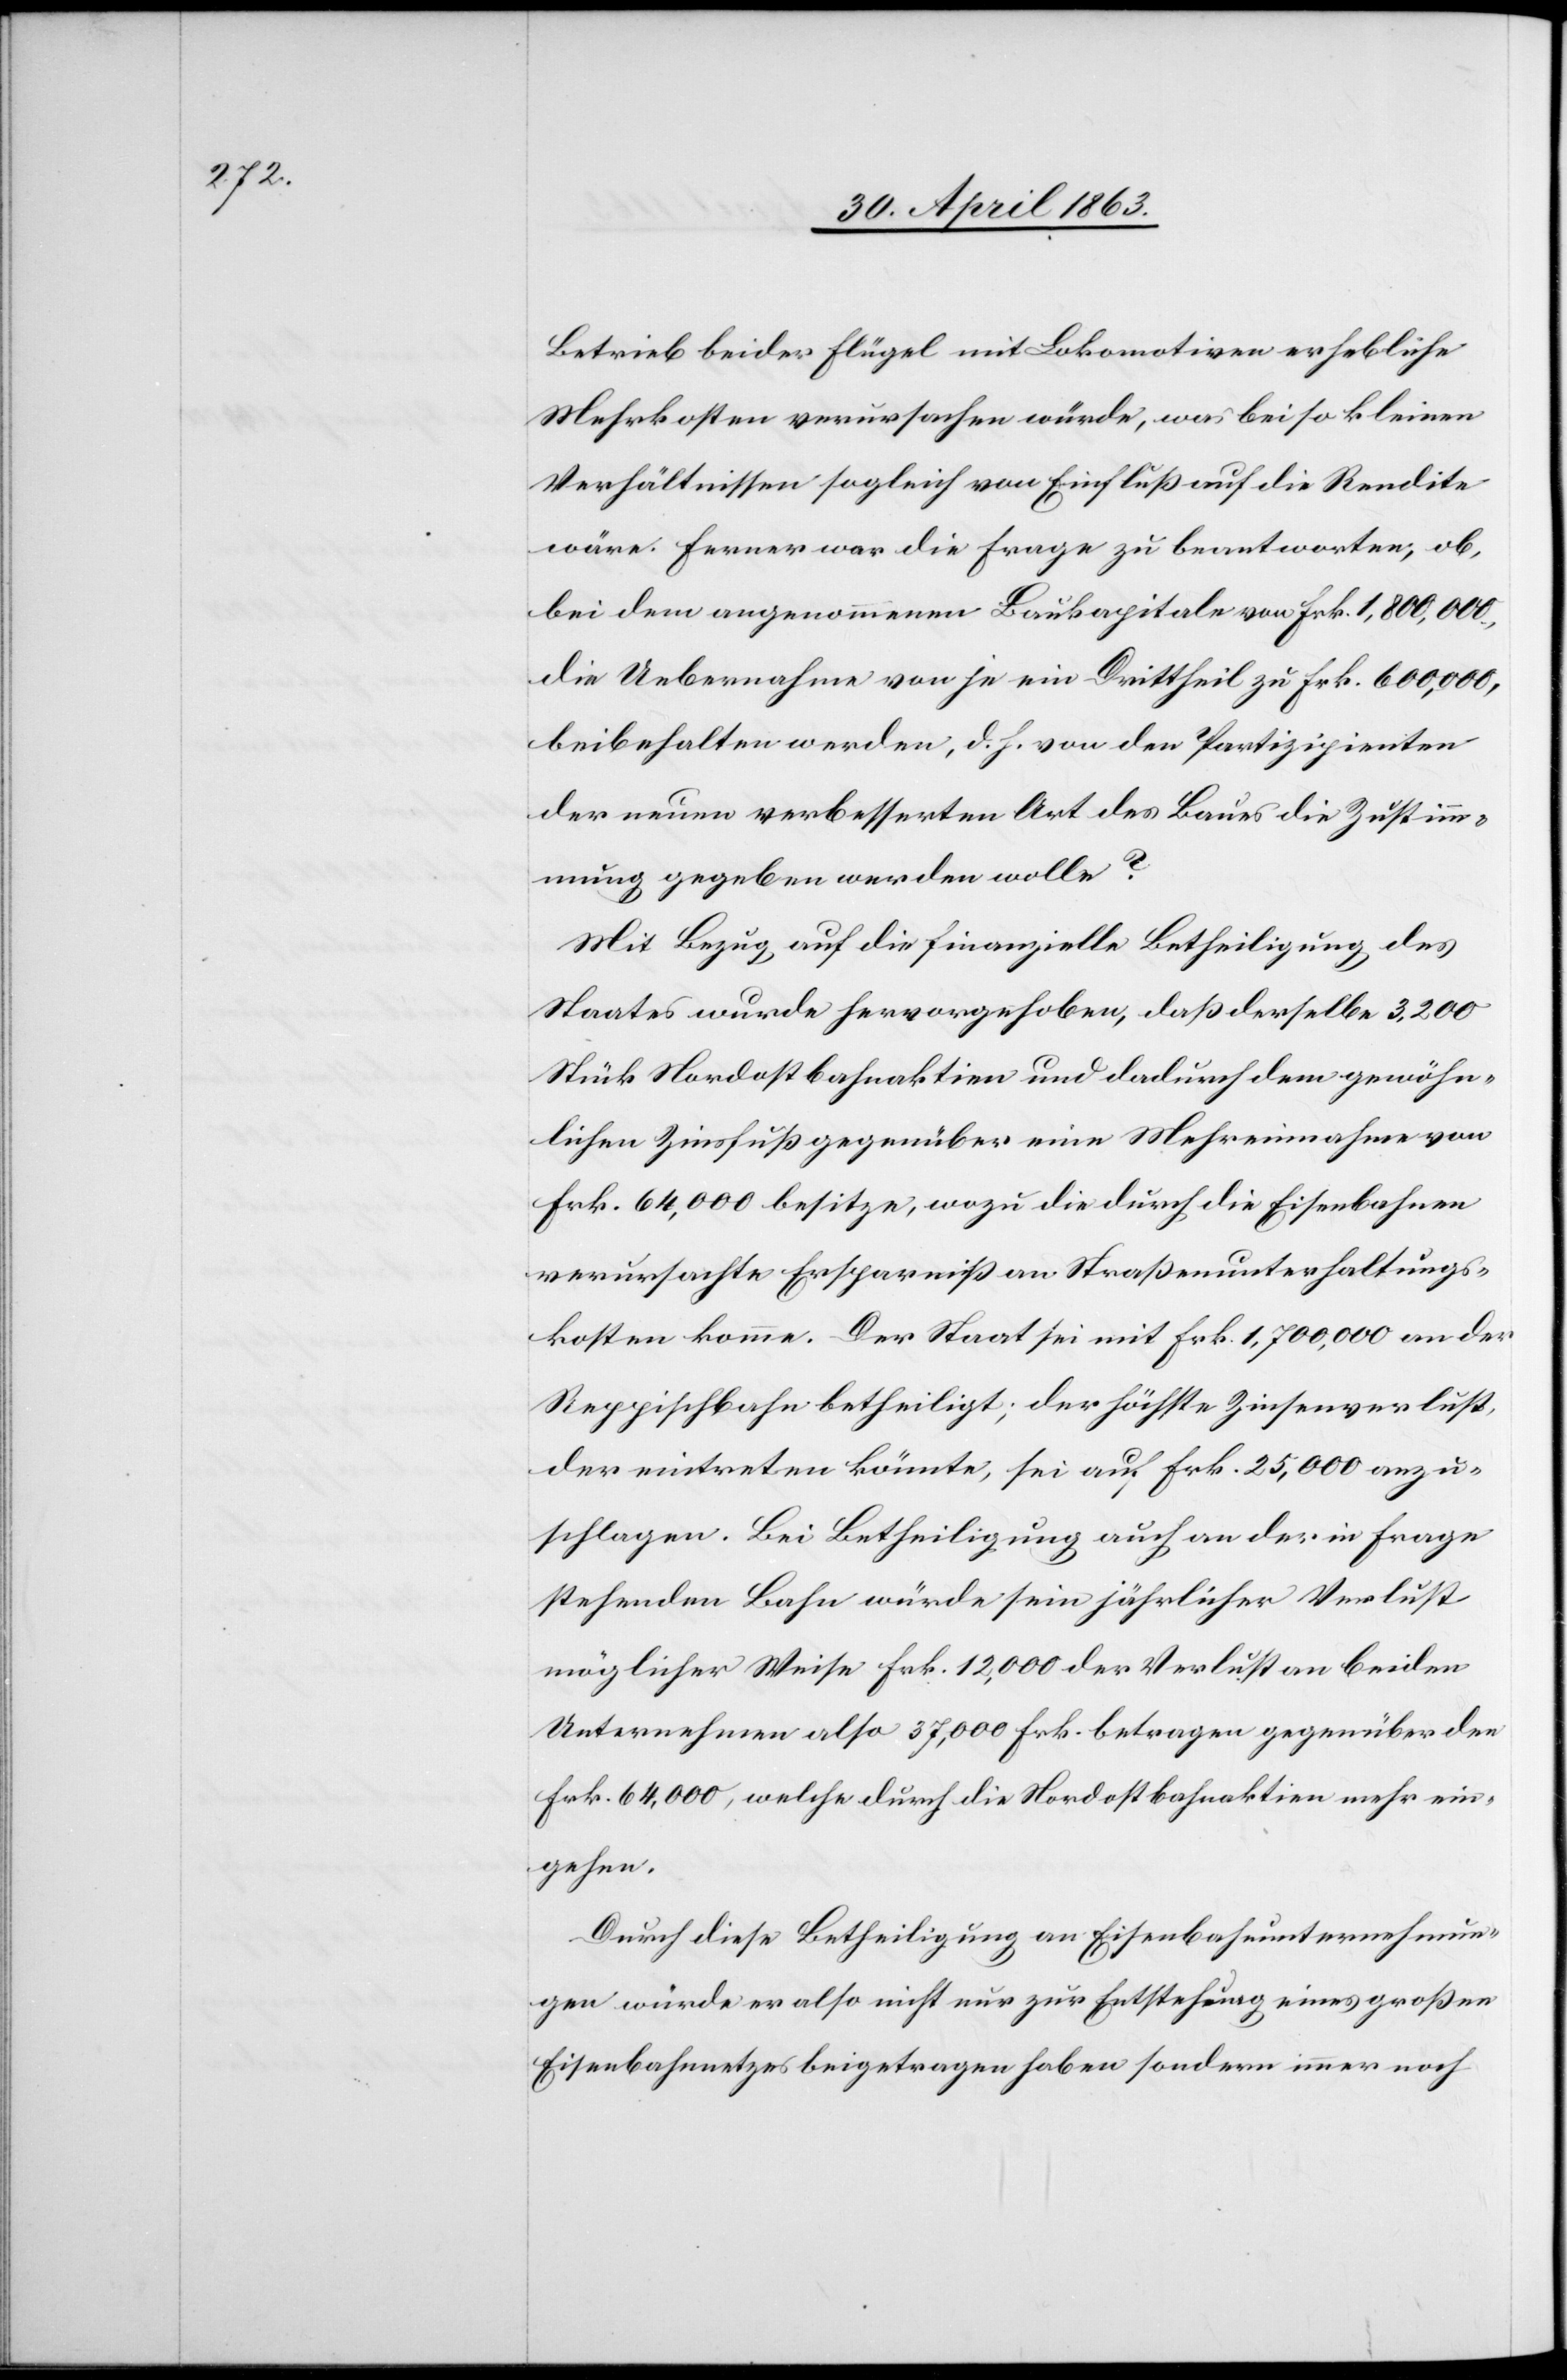
Betrieb beider Flügel mit Lokomotiven erhebliche
Mehrkosten verursachen würde, was bei so kleinen
Verhältnissen sogleich von Einfluß auf die Rendite
wäre. Ferner war die Frage zu beantworten, ob,
bei dem angenommenen Baukapitale von Frk. 1,800,000.,
die Uebernahme von je ein Drittheil zu Frk. 600,000,
beibehalten werden, d. h. von den Partizipienten
der neuen verbesserten Art des Baues die Zustim¬
mung gegeben werden wolle?
Mit Bezug auf die finanzielle Betheiligung des
Staates wurde hervorgehoben, daß derselbe 3,200
Stück Nordostbahnaktien und dadurch dem gewöhn¬
lichen Zinsfuß gegenüber eine Mehreinnahme von
Frk. 64,000 besitze, wozu die durch die Eisenbahnen
verursachte Ersparniß an Straßenunterhaltungs¬
kosten komme. Der Staat sei mit Frk. 1,700,000 an der
Reppischbahn betheiligt; der höchste Zinsenverlust,
der eintreten könnte, sei auf Frk. 25,000 anzu¬
schlagen. Bei Betheiligung auch an der in Frage
stehenden Bahn würde sein jährlicher Verlust
möglicher Weise Frk. 12,000 der Verlust an beiden
Unternehmen also 37,000 Frk. betragen gegenüber den
Frk. 64,000, welche durch die Nordostbahnaktien mehr ein¬
gehen.
Durch diese Betheiligung an Eisenbahnunternehmun¬
gen würde er also nicht nur zur Entstehung eines großen
Eisenbahnnetzes beigetragen haben sondern immer noch